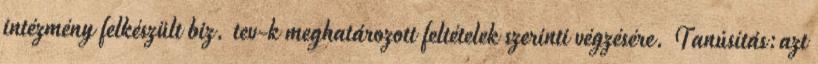
intézmény felkészült biz. tev-k meghatározott feltételek szerinti végzésére. Tanúsítás:azt